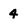
Character: 4